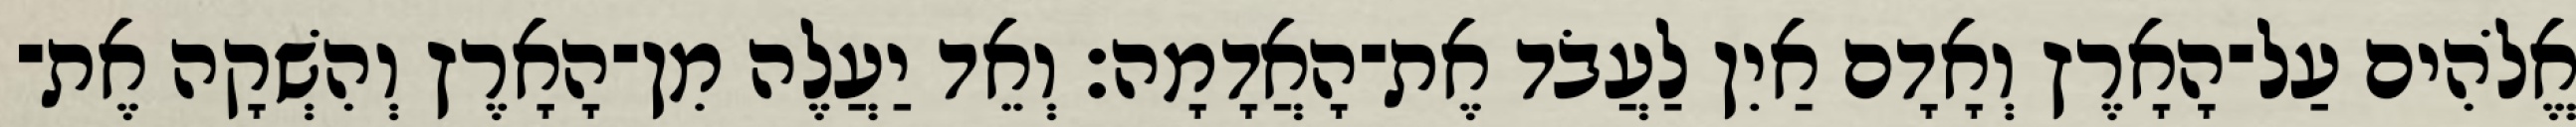
אֱלֹהִים עַל־הָאָרֶץ וְאָדָם אַיִן לַעֲבֹד אֶת־הָאֲדָמָה׃ וְאֵד יַעֲלֶה מִן־הָאָרֶץ וְהִשְׁקָה אֶת־